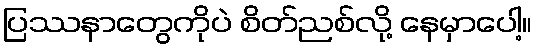
ပြဿနာတွေကိုပဲ စိတ်ညစ်လို့ နေမှာပေါ့။